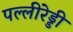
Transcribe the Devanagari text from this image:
पल्लीरेड्डी